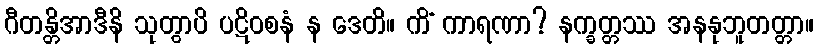
ဂီတန္တိအာဒီနိ သုတွာပိ ပဋိဝစနံ န ဒေတိ။ ကိံ ကာရဏာ? နက္ခတ္တဿ အနနုဘူတတ္တာ။